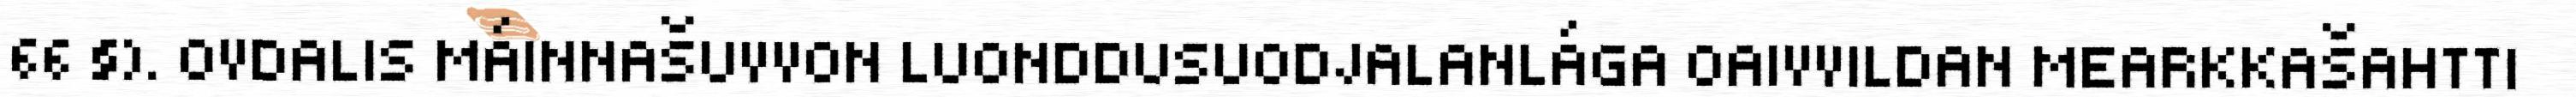
66 §). OVDALIS MÁINNAŠUVVON LUONDDUSUODJALANLÁGA OAIVVILDAN MEARKKAŠAHTTI